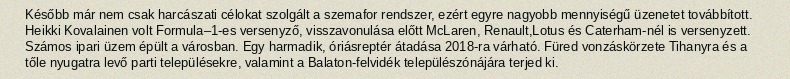
Később már nem csak harcászati célokat szolgált a szemafor rendszer, ezért egyre nagyobb mennyiségű üzenetet továbbított. Heikki Kovalainen volt Formula–1-es versenyző, visszavonulása előtt McLaren, Renault,Lotus és Caterham-nél is versenyzett. Számos ipari üzem épült a városban. Egy harmadik, óriásreptér átadása 2018-ra várható. Füred vonzáskörzete Tihanyra és a tőle nyugatra levő parti településekre, valamint a Balaton-felvidék települészónájára terjed ki.